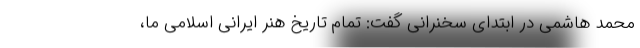
محمد هاشمی در ابتدای سخنرانی گفت: تمام تاریخ هنر ایرانی اسلامی ما،